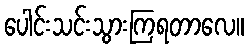
ပေါင်းသင်းသွားကြရတာလေ။